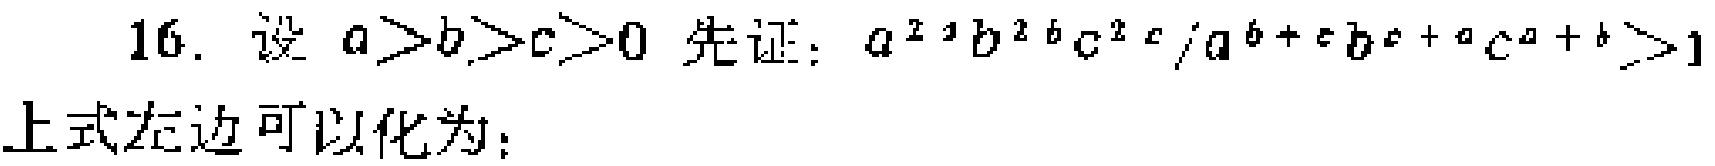
16. 设 \(a > b > c > 0\) 先证：\(\frac{a^{2a}b^{2b}c^{2c}}{a^{b + c}b^{c + a}c^{a + b}}>1\)
上式左边可以化为：